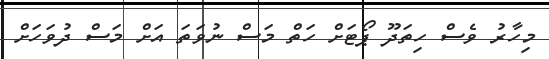
މިހާރު ވެސް ހިތަދޫ ޕޯޓަށް ހަތް މަސް ނުވަތަ އަށް މަސް ދުވަހަށް